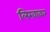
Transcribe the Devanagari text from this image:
लिखाकर